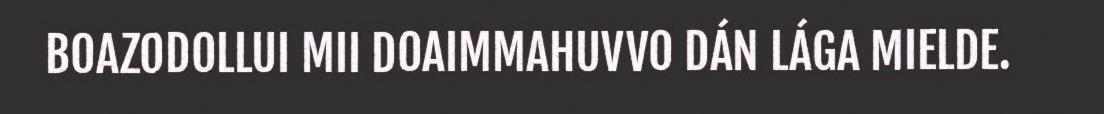
BOAZODOLLUI MII DOAIMMAHUVVO DÁN LÁGA MIELDE.